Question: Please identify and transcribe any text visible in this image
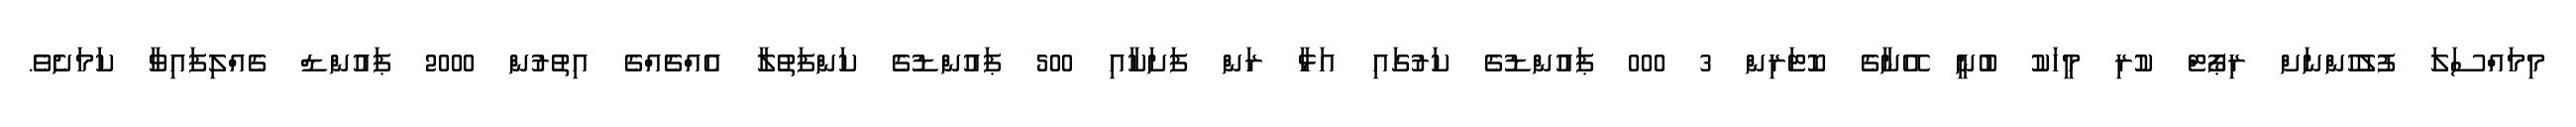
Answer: މިމައްސަލަ ފުލުހުންނަށް ރިޕޯޓް ކުރި މީހަކު ބުނީ އޭނާގެ ކޮޓަރިން 3 000 ޕައުންޑުގެ ކަރުގައި އަޅާ ރަން ފަށަކާއި 500 ޕައުންޑުގެ ކަންފަތުލާ އެއްޗެއްގެ އިތުރުން 2000 ޕައުންޑް ގެއްލިފައިވާ ކަމަށެވެ.